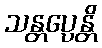
သန္တပ္ပေန္တိ